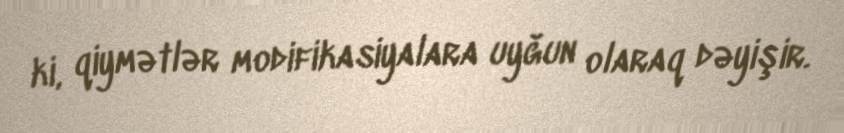
ki, qiymətlər modifikasiyalara uyğun olaraq dəyişir.